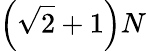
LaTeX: \left(\sqrt{2}+1\right)N